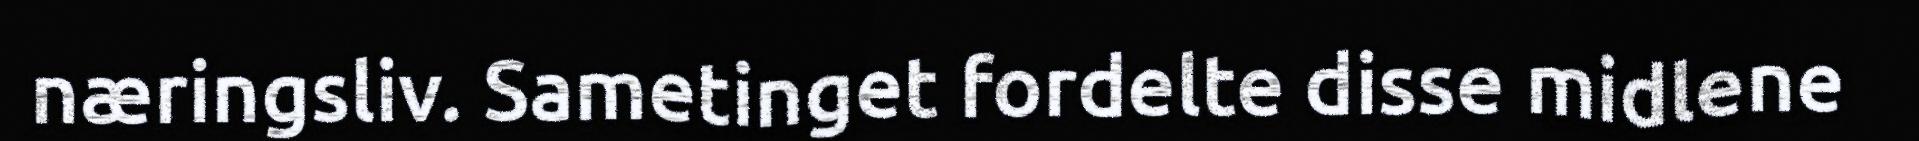
næringsliv. Sametinget fordelte disse midlene